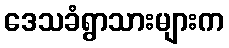
ဒေသခံရွာသားများက